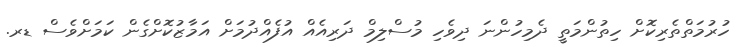
ހުރުމަތްތެރިކޮށް ހިތުންމަތީ ދެމިހުންނަ ދިވެހި މުސްލިމް ދަރިއެއް އުފެއްދުމަށް އަމާޒުކޮށްގެން ކަމަށްވެސް ޑރ.